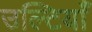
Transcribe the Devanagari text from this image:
उल्टियाँ